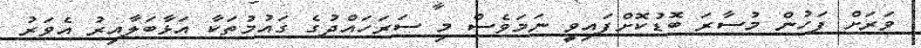
ވަރަށް ފަހުން މުސާރަ ބޮޑުކޮށްފައިވީ ނަމަވެސް މި ސަރަހައްދުގެ ގައުމުތަކާ އަޅާބަލާއިރު އެވަރު